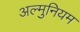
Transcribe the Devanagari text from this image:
अल्मुनियम